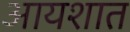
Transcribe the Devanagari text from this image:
आयशात